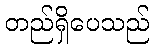
တည်ရှိပေသည်